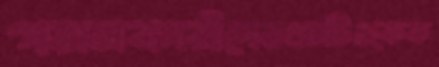
গমনকারীদেরএমটিওকেক